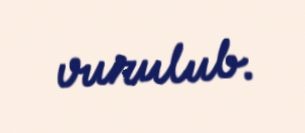
vurulub.